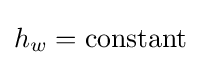
h_{w}={\text{constant}}